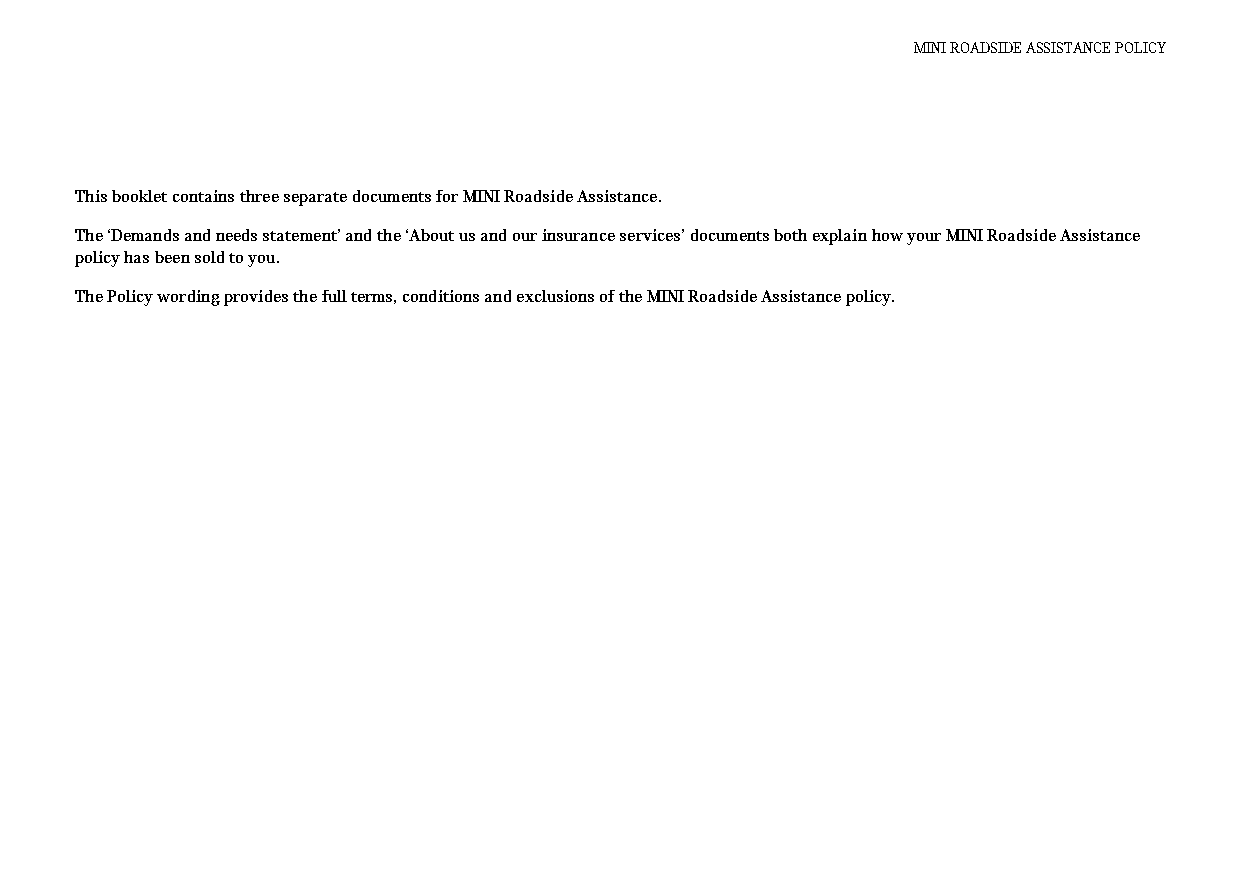
MINI ROADSIDE ASSISTANCE POLICY
 This booklet contains three separate documents for MINI Roadside Assistance.
 The ‘Demands and needs statement’ and the ‘About us and our insurance services’ documents both explain how your MINI Roadside Assistance
 policy has been sold to you.
 The Policy wording provides the full terms, conditions and exclusions of the MINI Roadside Assistance policy.